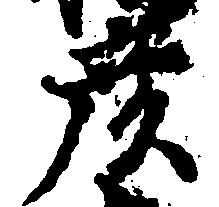
彦